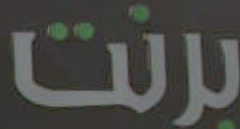
برنت